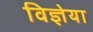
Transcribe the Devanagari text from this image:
विज्ञेया